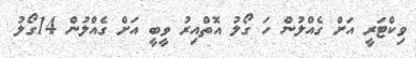
ވިކްޓަރީ އަށް ގެއްލުން ހަ ގޯލު އޮތްއިރު ވީބީ އަށް ގެއްލުން 14ގޯލު